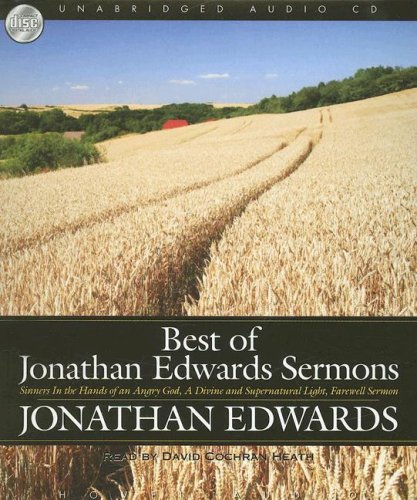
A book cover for Best of Jonathan Edwards Sermons; Jonathan Edwards; Christian Books & Bibles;